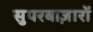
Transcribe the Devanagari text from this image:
सुपरबाज़ारों